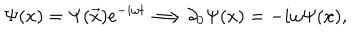
\Psi ( x ) = \Psi ( \overrightarrow { x } ) e ^ { - i \omega t } \Longrightarrow \partial _ { 0 } \Psi ( x ) = - i \omega \Psi ( x ) ,